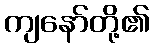
ကျနော်တို့၏